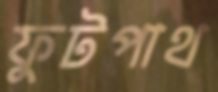
ফুটপাথ